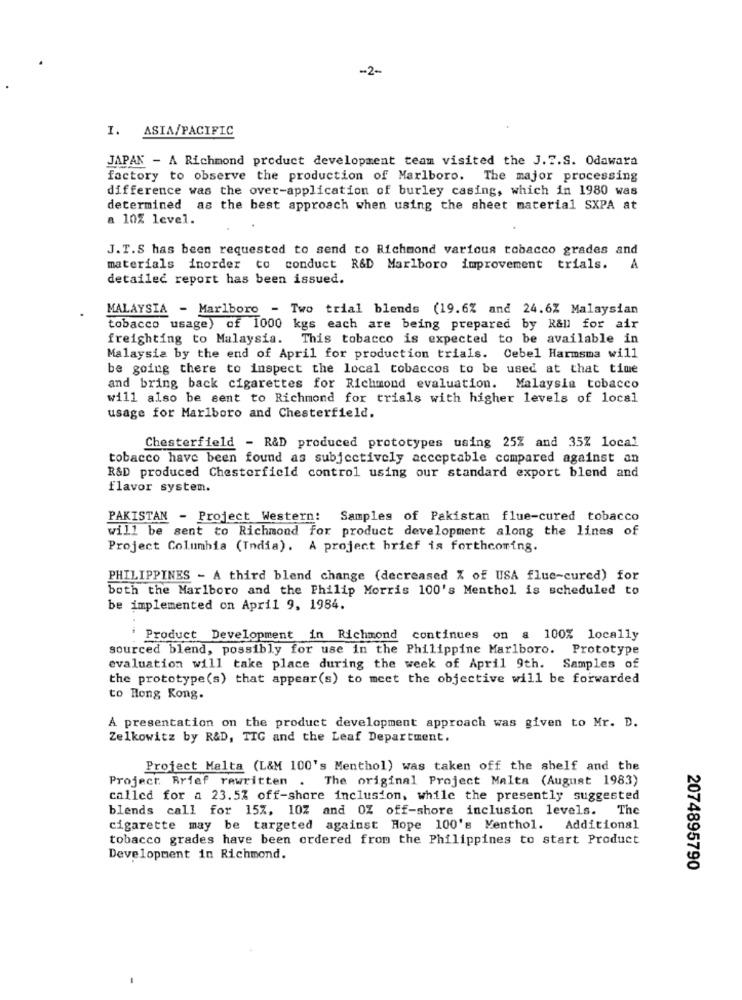
-2-
I. ASIA/PACIFIC
JAPAN - A Richmond product development team visited the J.T.S. Odawara
factory to observe the production of Marlboro. The major processing
difference was the over-application of burley casing, which in 1980 was
determined as the best approach when using the sheet material SXPA at
a 10% level.
J.T.S has been requested to send to Richmond various tobacco grades and
materials inorder to conduct R&D Marlboro improvement trials.
A
detailed report has been issued.
MALAYSIA - Marlboro - Two trial blends (19.6% and 24.6Z Malaysian
tobacco usage) of 1000 kgs each are being prepared by R&ll for air
freighting to Malaysia. This tobacco is expected to be available in
Malaysia by the end of April for production trials. Cebel Harmsma will
be going there to inspect the local tobaccos to be used at that time
and bring back cigarettes for Richmond evaluation. Malaysia tobacco
will also be sent to Richmond for trials with higher levels of local
usage for Marlboro and Chesterfield.
Chesterfield - R&D produced prototypes using 25Z and 35% local
tobacco have been found as subjectively acceptable compared against an
R&D produced Chesterfield control using our standard export blend and
flavor system.
PAKISTAN - Project Western: Samples of Pakistan flue-cured tobacco
will be sent to Richmond for product development along the lines of
Project Columbia (India). A project brief is forthcoming.
PHILIPPINES - A third blend change (decreased % of USA flue-cured) for
both the Marlboro and the Philip Morris 100's Menthol is scheduled to
be implemented on April 9, 1984.
Product Development in Richmond continues on a 100% locally
sourced blend, possibly for use in the Philippine Marlboro. Prototype
evaluation will take place during the week of April 9th. Samples of
the prototype(s) that appear(s) to meet the objective will be forwarded
to Hong Kong.
A presentation on the product development approach was given to Mr. D.
Zelkowitz by R&D, TIG and the Leaf Department.
Project Malta (L&M 100's Menthol) was taken off the shelf and the
Project. Rrief rewritten .
The original Project Malta (August 1983)
called for a 23.5% off-shore inclusion, while the presently suggested
blends call for 15%, 10% and OZ off-shore inclusion levels. The
cigarette may be targeted against Hope 100's Menthol. Additional
tobacco grades have been ordered from the Philippines to start Product
Development in Richmond.
2074895790